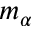
m _ { \alpha }